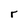
Character: r